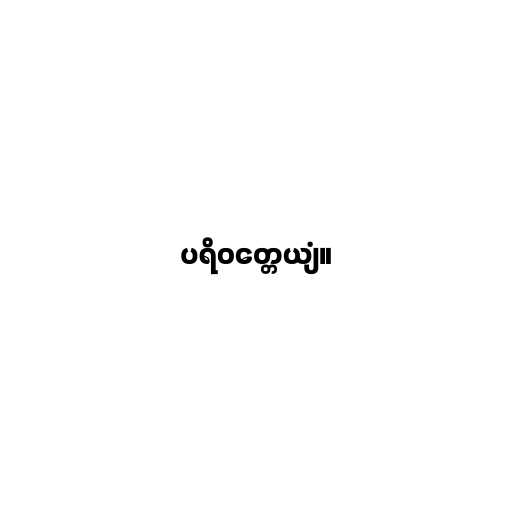
ပရိဝတ္တေယျံ။